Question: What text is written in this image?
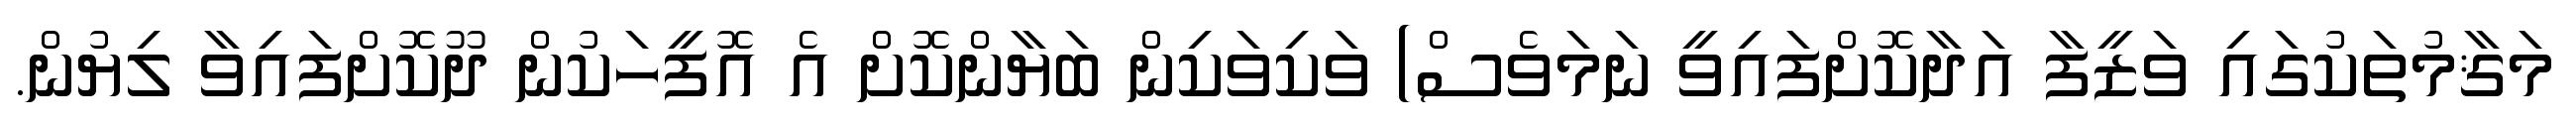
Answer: މަޤާމުތަކުގައި ވަޒީފާ އަދާކޮށްފައިވީ ނަމަވެސް) ވަކިވަކިން ބަޔާންކޮށް އެ އޮފީހަކުން ދޫކޮށްފައިވާ ލިޔުން.